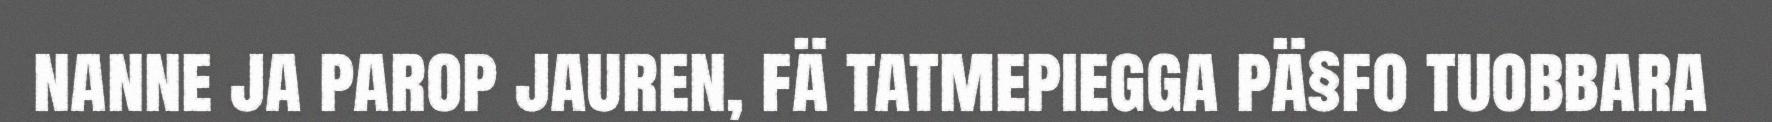
nanne ja parop jauren, fä tatmepiegga pä§fo tuobbara